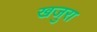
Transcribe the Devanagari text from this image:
खजुरा